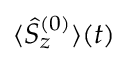
{ \langle \hat { S } _ { z } ^ { ( 0 ) } \rangle ( t ) }